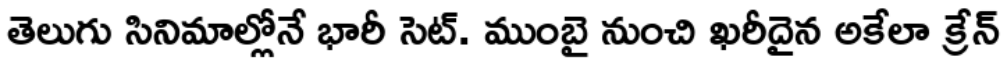
తెలుగు సినిమాల్లోనే భారీ సెట్. ముంబై నుంచి ఖరీదైన అకేలా క్రేన్